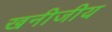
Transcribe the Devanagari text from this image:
खनीजीय